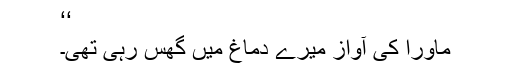
‘‘
ماورا کی آواز میرے دماغ میں گھس رہی تھی۔